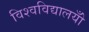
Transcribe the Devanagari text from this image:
विश्वविद्यालयोँ